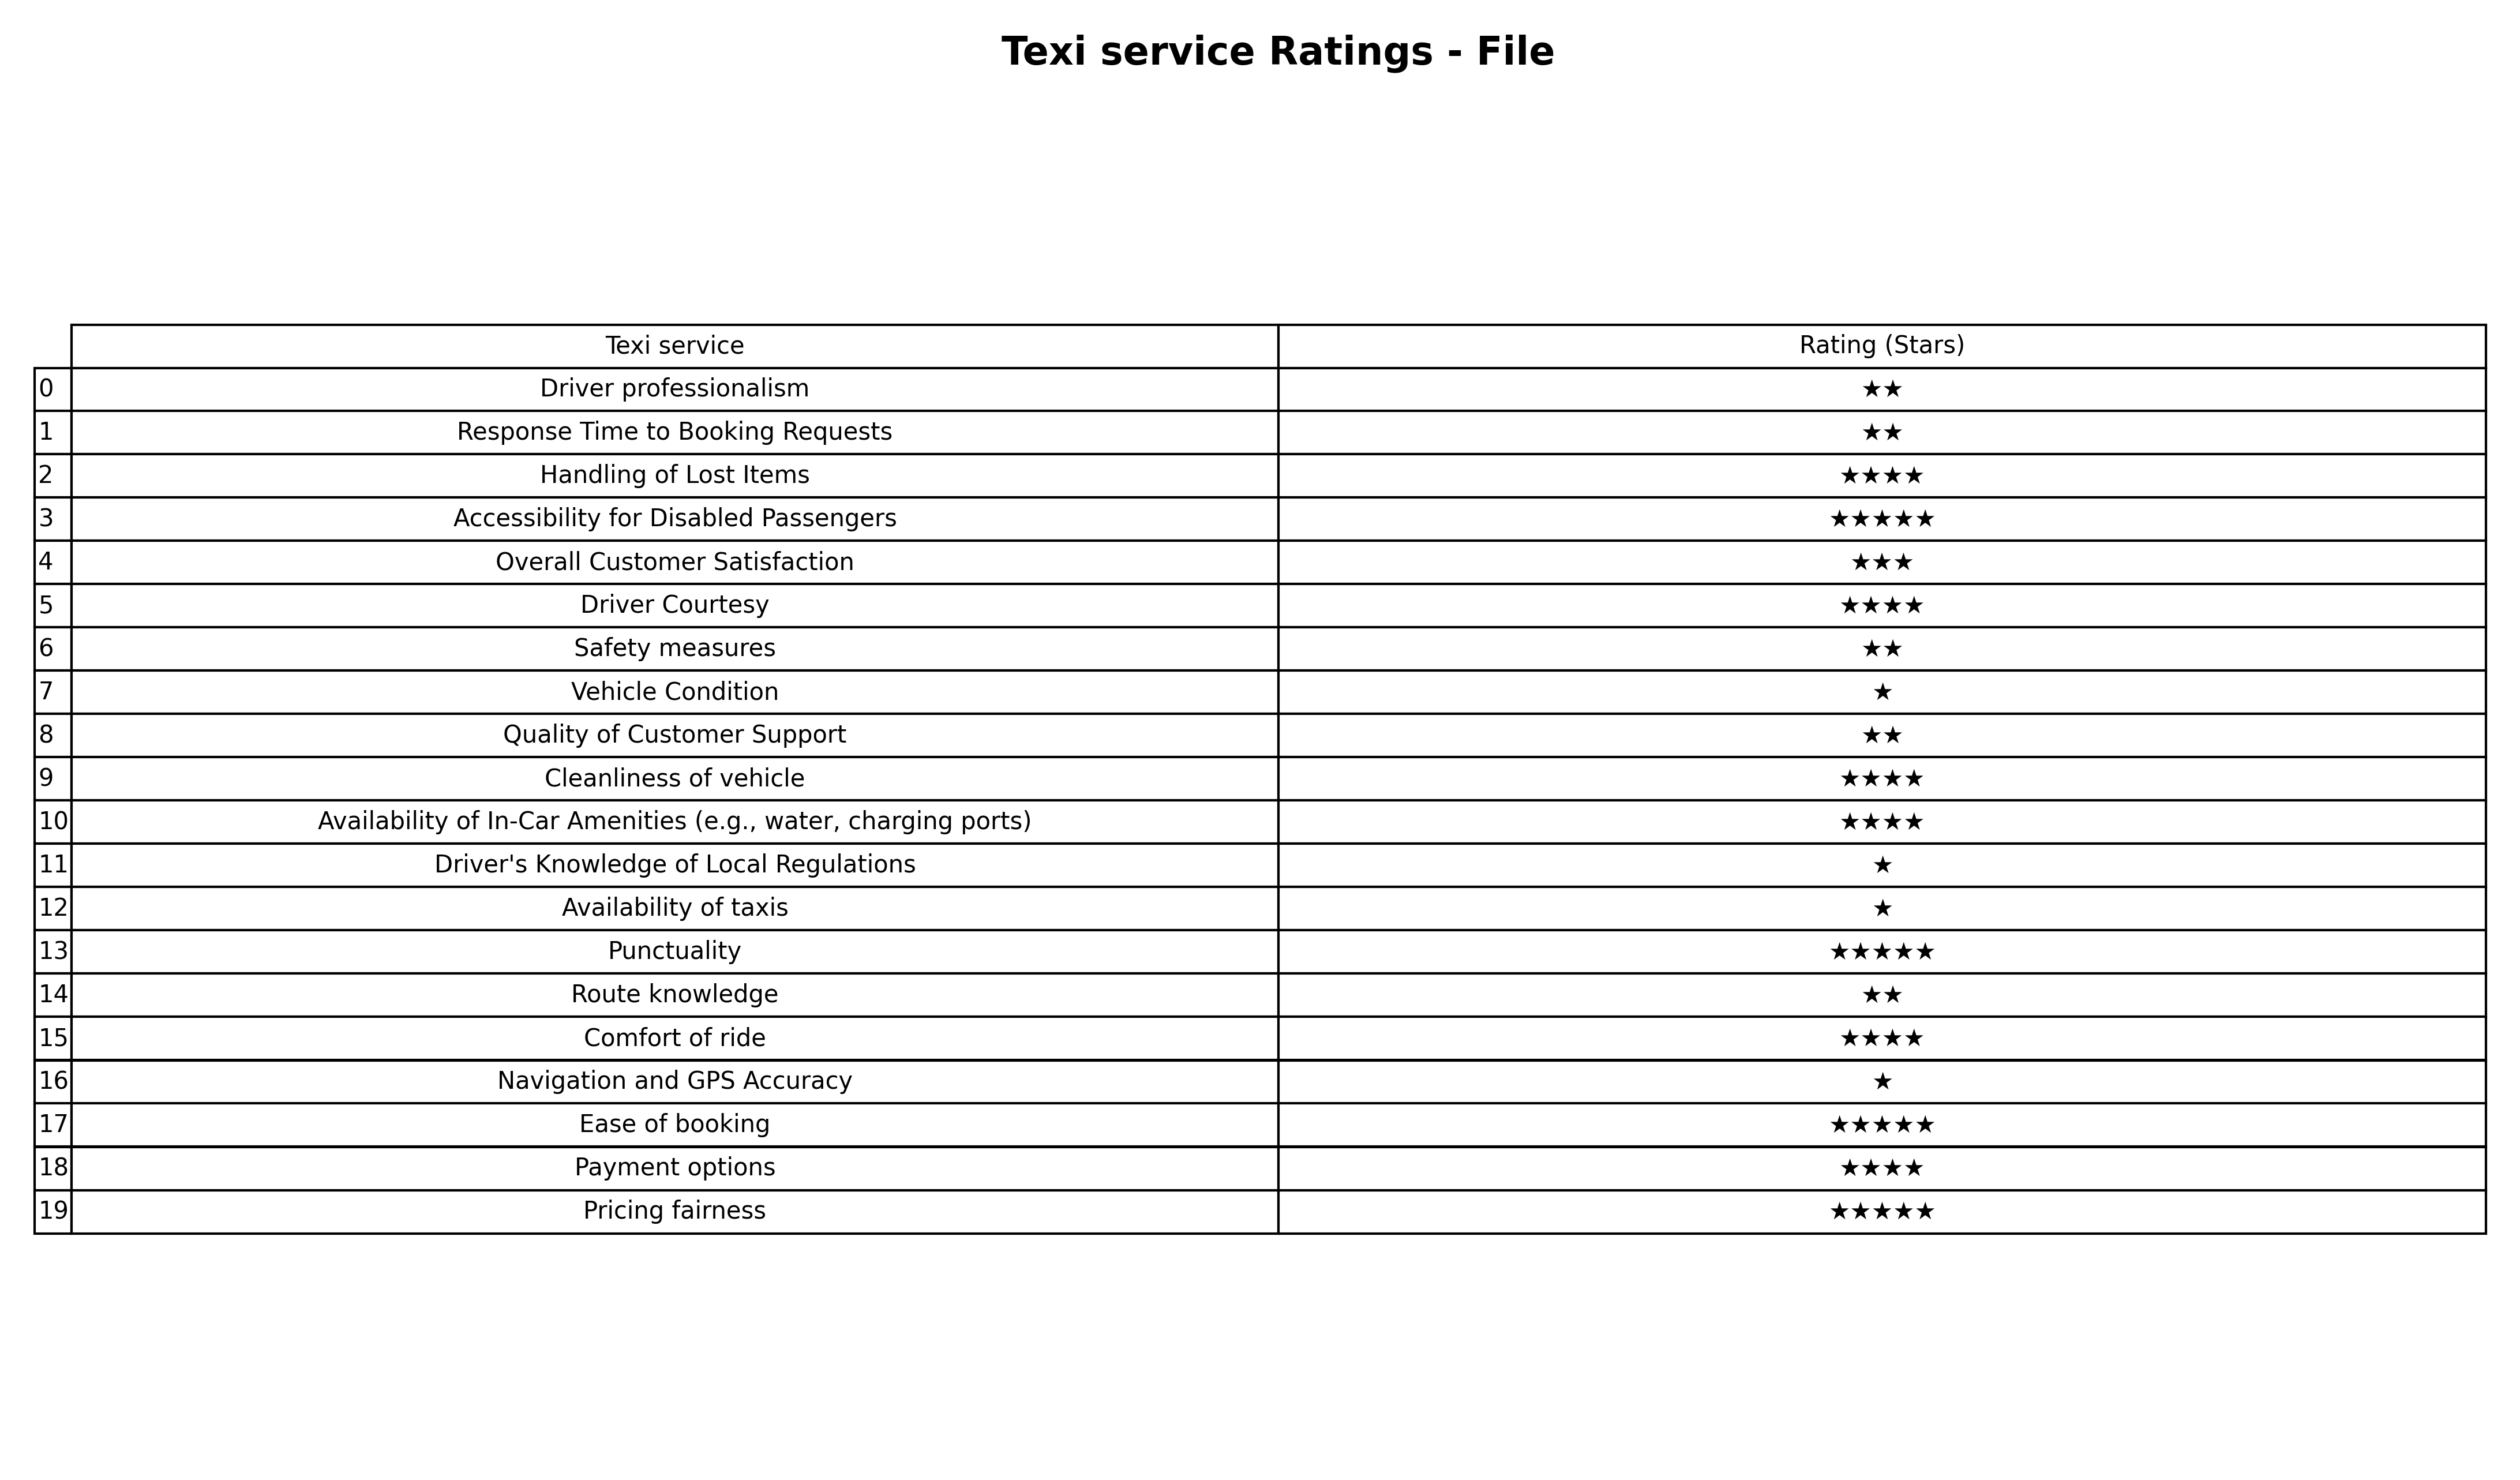
question: What is the rating of Punctuality?
answer: ★★★★★